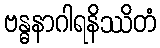
ဗန္ဓနာဂါရနိဿိတံ